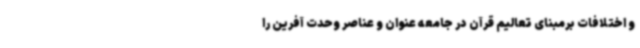
و اختلافات برمبنای تعالیم قرآن در جامعه عنوان و عناصر وحدت آفرین را